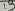
Text: 13